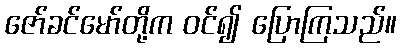
ဇော်ခင်မော်တို့က ဝင်၍ ပြောကြသည်။